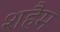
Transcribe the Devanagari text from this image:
शहैम